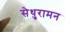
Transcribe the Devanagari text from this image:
सेथुरामन